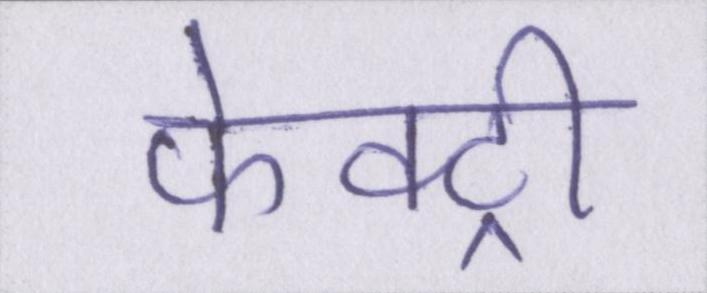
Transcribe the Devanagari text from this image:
फेक्ट्री